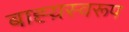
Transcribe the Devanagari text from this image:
बाह्य़स्वरूप